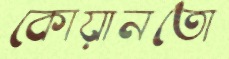
কোয়ানতো